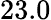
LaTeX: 23.0